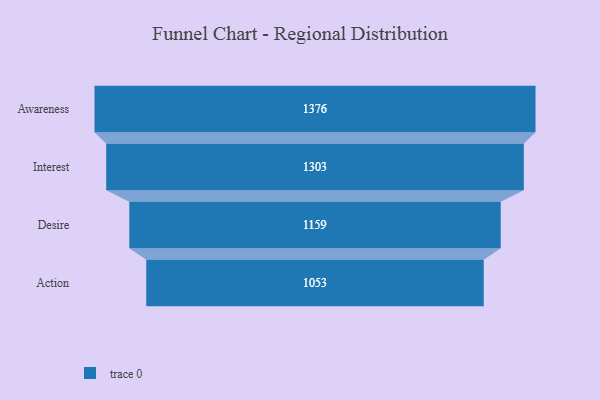
{"axis": {"x": "Stage", "y": "Value"}, "legend": [""], "data": [{"x": "Awareness", "y": 1376.0, "type": ""}, {"x": "Interest", "y": 1303.0, "type": ""}, {"x": "Desire", "y": 1159.0, "type": ""}, {"x": "Action", "y": 1053.0, "type": ""}]}